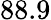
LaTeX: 88.9